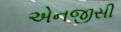
એનજીસી